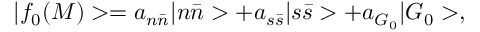
| f _ { 0 } ( M ) > = a _ { n \bar { n } } | n \bar { n } > + a _ { s \bar { s } } | s \bar { s } > + a _ { G _ { 0 } } | G _ { 0 } > ,